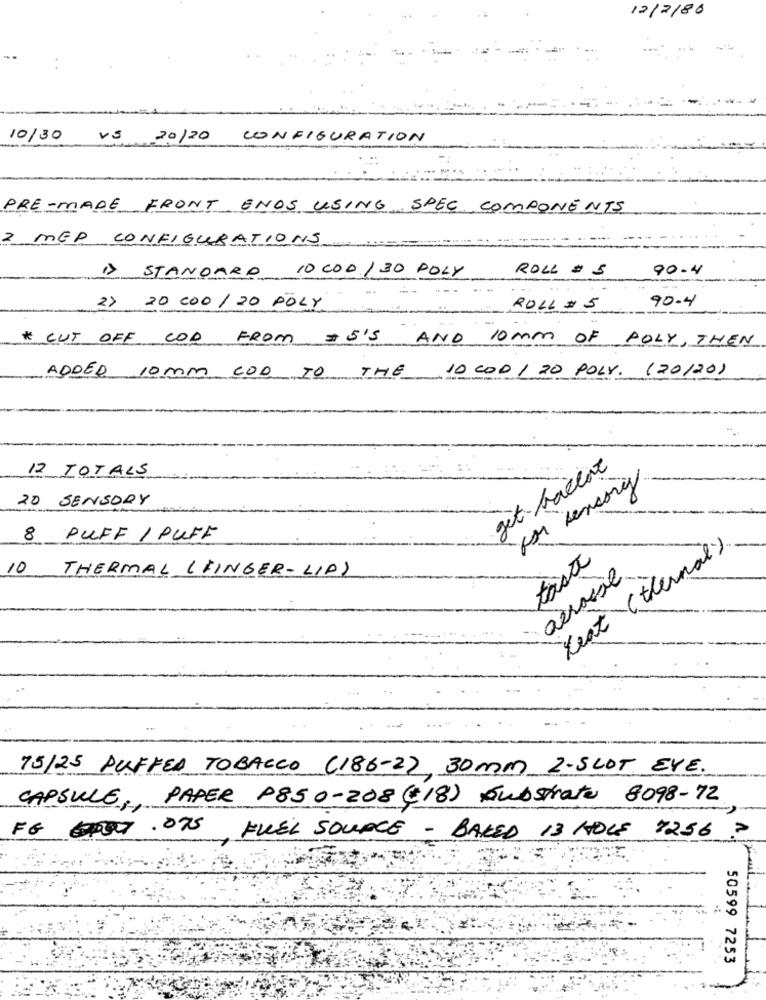
12/2/80
10/30
VS 20/20
CONFIGURATION
PRE-MADE FRONT ENDS USING SPEC COMPONENTS
2. MED CONFIGURATIONS
1> STANDARD 10COD/30 POLY
ROLL # 5
90.4
90-4
2> 20 000 / 20 POLY
ROLL # 5
* CUT OFF COD FROM #5'5 AND 10Mm OF POLY, THEN
10 COD / 20 POLY. (20120)
ADDED 10mm COD TO THE
12 TOTALS
get backat
for sensory
20 SENSORY
8 PUFF / PUFF
test (thermal )
taste
10
THERMAL (FINGER- LIP)
aérosie
75/25 PUFFED TOBACCO (186-2), 30mm 2.5LOT EVE.
CAPSULE ,, PAPER P85 0-208 ((18) Substrate 8098-72
FG 67.075
FUEL SOURCE - BAKED 13 HOLS 7256 ?
50599 7253